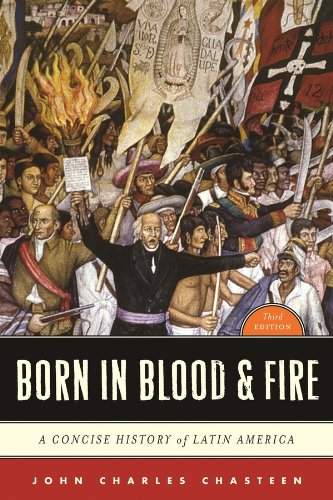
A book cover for Born in Blood & Fire: A Concise History of Latin America (Third Edition); John Charles Chasteen; History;